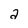
Character: a